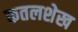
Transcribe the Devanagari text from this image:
कतलशेख